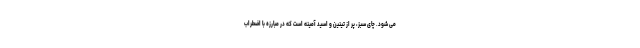
می شود. چای سبز، پر از تینین و اسید آمینه است که در مبارزه با اضطراب